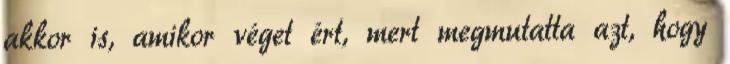
akkor is, amikor véget ért, mert megmutatta azt, hogy